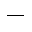
-